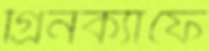
গ্রিনক্যাফে